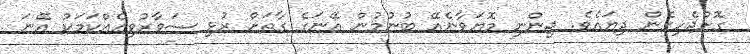
ގޮށްޖެހިގެން ދިޔައެވެ. ޖިންނި މޮޔަވާނެއޭ ބުނުމުން އޭނަގެ ގާތަށް ރުޅި ސަވާރުވިއެއްކަމަކު އޭނަ